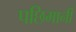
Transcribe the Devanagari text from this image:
पछिमानी